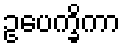
ဥပေက္ခိကာ